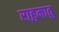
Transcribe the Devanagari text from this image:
राहुमातु